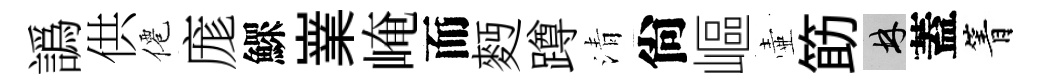
譌供僊庬鰥嶪崦而麪蹲清尙嶇壷筯林蓋箐